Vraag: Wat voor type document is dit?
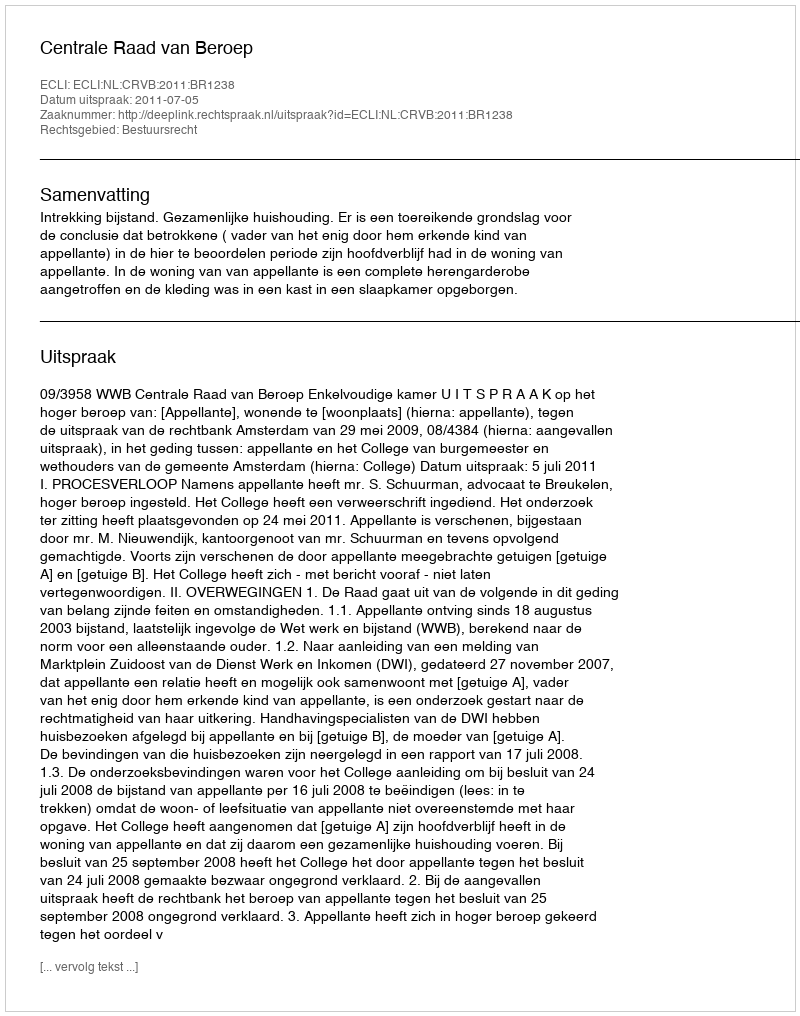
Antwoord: Uitspraak